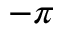
- \pi